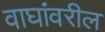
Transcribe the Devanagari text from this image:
वाघांवरील